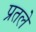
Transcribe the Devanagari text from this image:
प्रतले